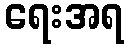
ရေးအရ